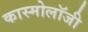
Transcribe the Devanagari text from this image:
कास्मोलॉजी